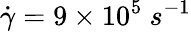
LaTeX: \dot{\gamma}=9\times 10^{5}\ s^{-1}